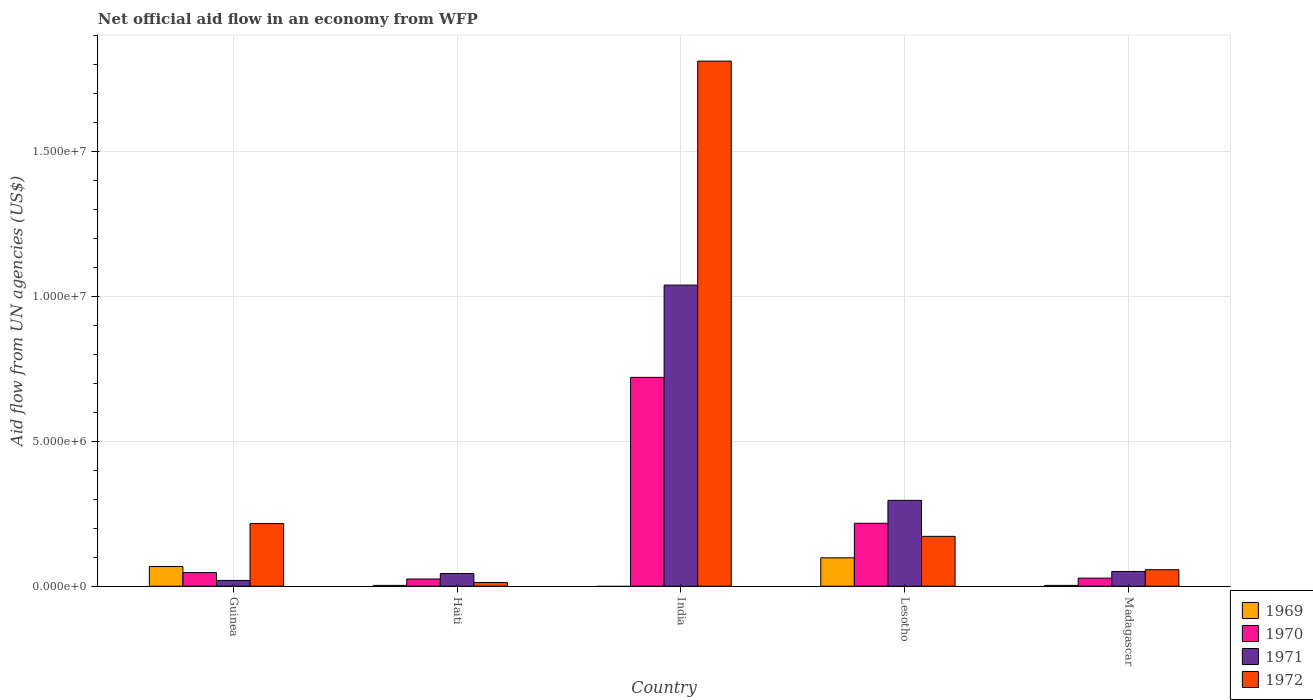
| Country | 1969 | 1970 | 1971 | 1972 |
 | --- | --- | --- | --- | --- |
 | Guinea | 6.8e+05 | 4.7e+05 | 2e+05 | 2.16e+06 |
 | Haiti | 3e+04 | 2.5e+05 | 4.4e+05 | 1.3e+05 |
 | India | -2.06e+06 | 7.2e+06 | 1.04e+07 | 1.81e+07 |
 | Lesotho | 9.8e+05 | 2.17e+06 | 2.96e+06 | 1.72e+06 |
 | Madagascar | 3e+04 | 2.8e+05 | 5.1e+05 | 5.7e+05 |